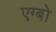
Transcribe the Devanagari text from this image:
एग्बो